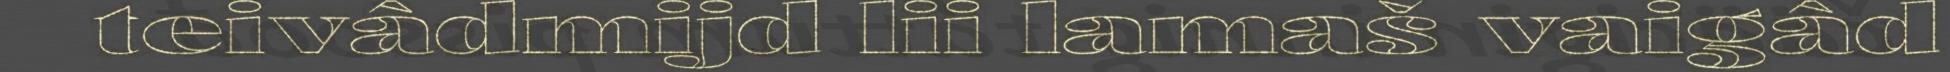
teivâdmijd lii lamaš vaigâd